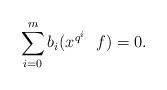
LaTeX: \begin{align*}\sum_{i=0}^m b_i ( x^{q^i} \ \ f)=0.\end{align*}